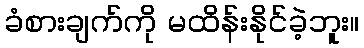
ခံစားချက်ကို မထိန်းနိုင်ခဲ့ဘူး။